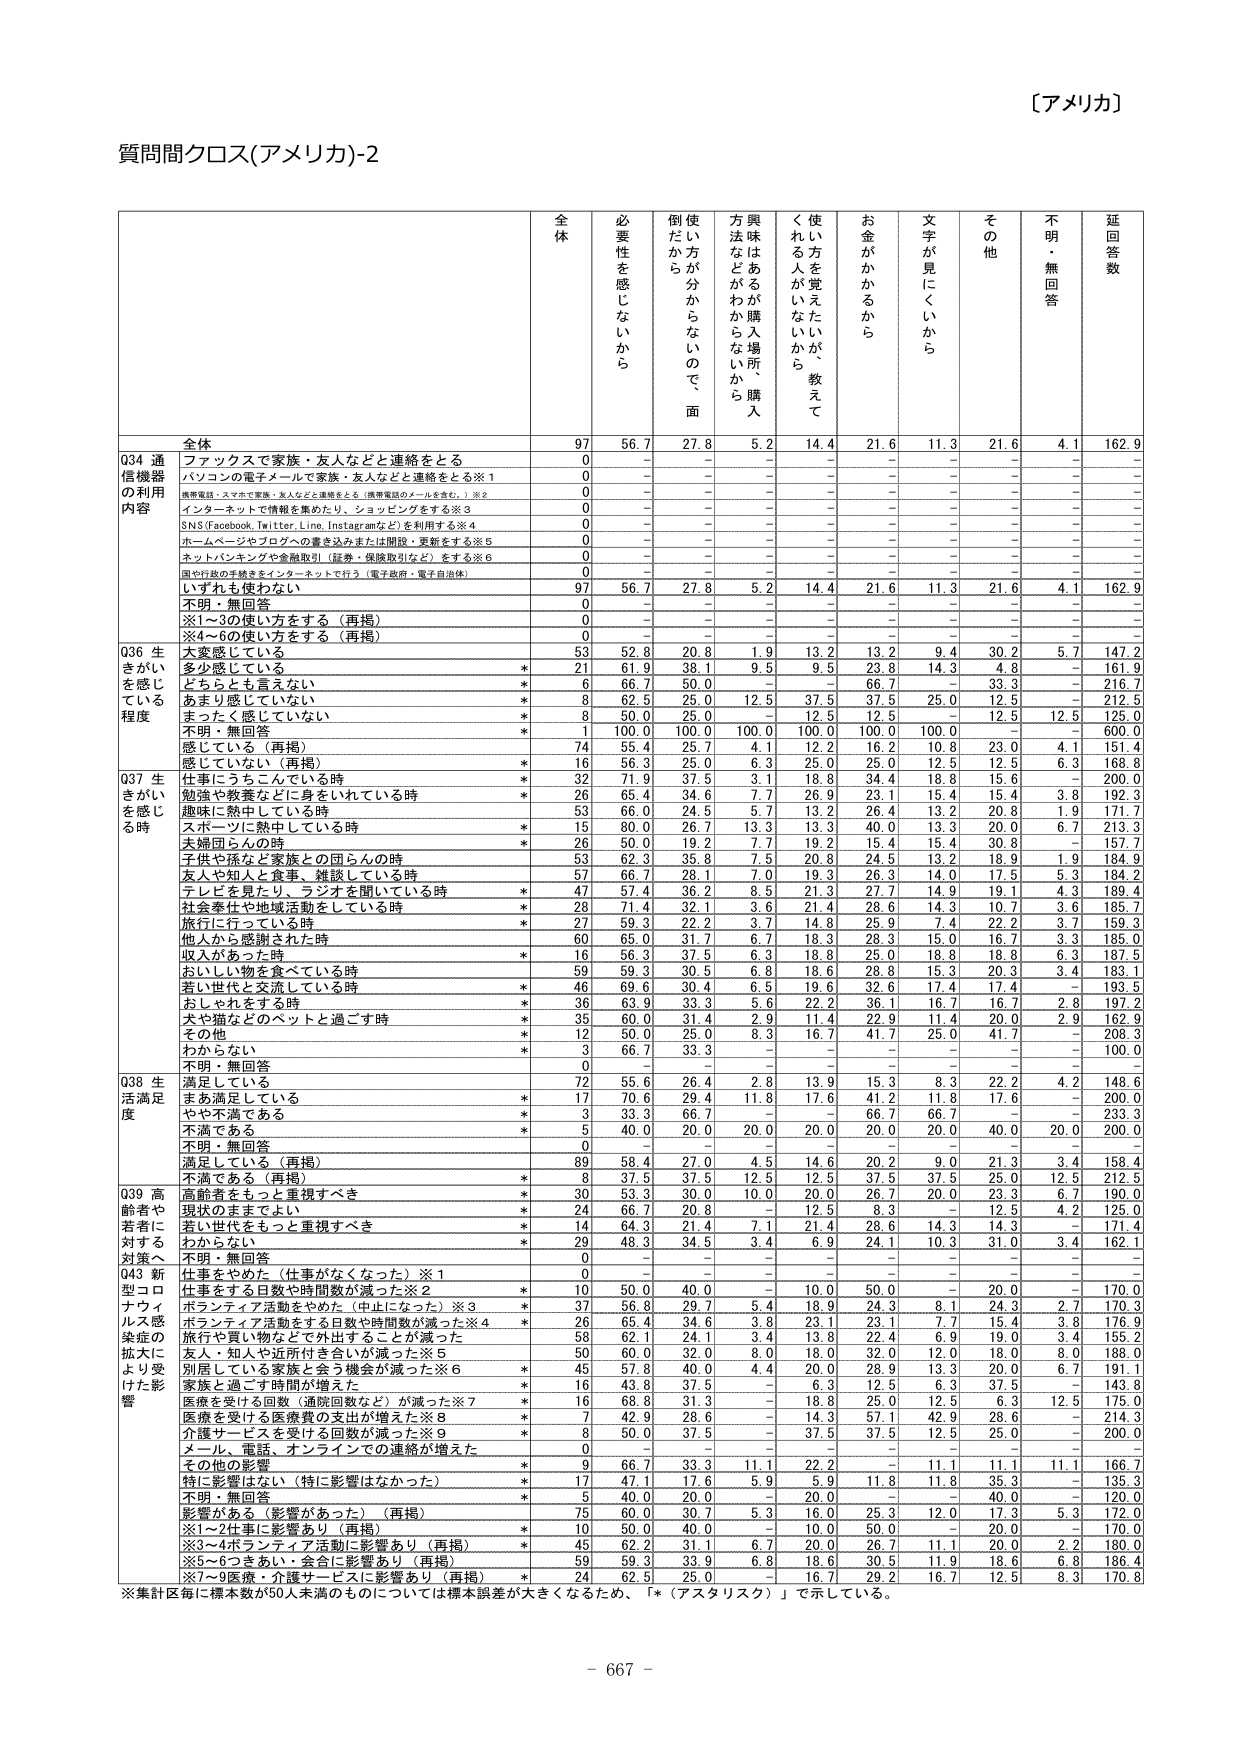
〔アメリカ〕

質問クロス(アメリカ)-2

全体 必要性を感じないから 倒したいから 使い方が分からないので面 奥味はあるが購入場所、購入 方法などがわからないから 使える人が増えたいが、教えて くれる人がいないから お金がかかるから 文字が見にくいから その他 不明・無回答 延回答数

Q34 通信機器の利用内容
全体 97 56.7 27.8 5.2 14.4 21.6 11.3 21.6 4.1 162.9
ファックスで家族・友人などと連絡をとる 0 - - - - - - - - -
パソコンの電子メールで家族・友人などと連絡をとる※1 0 - - - - - - - - -
携帯電話・スマホで家族・友人などと連絡をとる（携帯電話のメールを含む。）※2 0 - - - - - - - - -
インターネットで情報を集めたり、ショッピングをする※3 0 - - - - - - - - -
SNS(Facebook, Twitter, Line, Instagramなど)を利用する※4 0 - - - - - - - - -
ホームページやブログへの書き込みまたは閲覧、更新をする※5 0 - - - - - - - - -
ネットバンキングや金融取引（証券・保険取引など）をする※6 0 - - - - - - - - -
国や行政の手続きをインターネットで行う（電子政府・電子自治体） 0 - - - - - - - - -
いずれも使わない 97 56.7 27.8 5.2 14.4 21.6 11.3 21.6 4.1 162.9
不明・無回答 0 - - - - - - - - -
※1～3の使い方をする（再掲） 0 - - - - - - - - -
※4～6の使い方をする（再掲） 0 - - - - - - - - -

Q36 生きがいを感じている程度
大変感じている 53 52.8 20.8 1.9 13.2 13.2 9.4 30.2 5.7 147.2
多少感じている * 21 61.9 38.1 9.5 9.5 23.8 14.3 4.8 - 161.9
どちらとも言えない * 6 66.7 50.0 - - 66.7 - 33.3 - 216.7
あまり感じていない * 8 62.5 25.0 12.5 37.5 37.5 25.0 12.5 - 212.5
まったく感じていない * 8 50.0 25.0 - 12.5 12.5 - 12.5 12.5 125.0
不明・無回答 * 1 100.0 100.0 100.0 100.0 100.0 100.0 - - 600.0
感じている（再掲） 74 55.4 25.7 4.1 12.2 16.2 10.8 23.0 4.1 151.4
感じていない（再掲） * 16 56.3 25.0 6.3 25.0 25.0 12.5 12.5 6.3 168.8

Q37 生きがいを感じる時
仕事にうちこんでいる時 * 32 71.9 37.5 3.1 18.8 34.4 18.8 15.6 - 200.0
勉強や教養などに身をいれている時 * 26 65.4 34.6 7.7 26.9 23.1 15.4 15.4 3.8 192.3
趣味に熱中している時 53 66.0 24.5 5.7 13.2 26.4 13.2 20.8 1.9 171.7
スポーツに熱中している時 * 15 80.0 26.7 13.3 13.3 40.0 13.3 20.0 6.7 213.3
夫婦団らんの時 * 26 50.0 19.2 7.7 19.2 15.4 15.4 30.8 - 157.7
子供や孫など家族との団らんの時 53 62.3 35.8 7.5 20.8 24.5 13.2 18.9 1.9 184.9
友人や知人と食事、雑談している時 57 66.7 28.1 7.0 19.3 26.3 14.0 17.5 5.3 184.2
テレビを見たり、ラジオを聞いている時 * 47 57.4 36.2 8.5 21.3 27.7 14.9 19.1 4.3 189.4
社会奉仕や地域活動をしている時 * 28 71.4 32.1 3.6 21.4 28.6 14.3 10.7 3.6 185.7
旅行に行っている時 * 27 59.3 22.2 3.7 14.8 25.9 7.4 22.2 3.7 159.3
他人から感謝された時 60 65.0 31.7 6.7 18.3 28.3 15.0 16.7 3.3 185.0
収入があった時 * 16 56.3 37.5 6.3 18.8 25.0 18.8 18.8 6.3 187.5
おいしい物を食べている時 59 59.3 30.5 6.8 18.6 28.8 15.3 20.3 3.4 183.1
若い世代と交流している時 * 46 69.6 30.4 6.5 19.6 32.6 17.4 17.4 - 193.5
おしゃれをする時 * 36 63.9 33.3 5.6 22.2 36.1 16.7 16.7 2.8 197.2
犬や猫などのペットと過ごす時 * 35 60.0 31.4 2.9 11.4 22.9 11.4 20.0 2.9 162.9
その他 * 12 50.0 25.0 8.3 16.7 41.7 25.0 41.7 - 208.3
わからない * 3 66.7 33.3 - - - - - - 100.0
不明・無回答 0 - - - - - - - - -

Q38 生活満足度
満足している 72 55.6 26.4 2.8 13.9 15.3 8.3 22.2 4.2 148.6
まあ満足している * 17 70.6 29.4 11.8 17.6 41.2 11.8 17.6 - 200.0
やや不満である * 3 33.3 66.7 - - 66.7 66.7 - - 233.3
不満である * 5 40.0 20.0 20.0 20.0 20.0 20.0 40.0 20.0 200.0
不明・無回答 0 - - - - - - - - -
満足している（再掲） 89 58.4 27.0 4.5 14.6 20.2 9.0 21.3 3.4 158.4
不満である（再掲） * 8 37.5 37.5 12.5 12.5 37.5 37.5 25.0 12.5 212.5

Q39 高齢者や若者に対する対策へ
高齢者をもっと重視すべき * 30 53.3 30.0 10.0 20.0 26.7 20.0 23.3 6.7 190.0
現状のままでよい * 24 66.7 20.8 - 12.5 8.3 - 12.5 4.2 125.0
若い世代をもっと重視すべき * 14 64.3 21.4 7.1 21.4 28.6 14.3 14.3 - 171.4
わからない * 29 48.3 34.5 3.4 6.9 24.1 10.3 31.0 3.4 162.1
不明・無回答 0 - - - - - - - - -

Q43 新型コロナウィルス感染症の拡大により受けた影響
仕事をやめた（仕事がなくなった）※1 0 - - - - - - - - -
仕事をする日数や時間数が減った※2 * 10 50.0 40.0 - 10.0 50.0 - 20.0 - 170.0
ボランティア活動をやめた（中止になった）※3 * 37 56.8 29.7 5.4 18.9 24.3 8.1 24.3 2.7 170.3
ボランティア活動をする日数や時間数が減った※4 * 26 65.4 34.6 3.8 23.1 23.1 7.7 15.4 3.8 176.9
旅行や買い物などで外出することが減った 58 62.1 24.1 3.4 13.8 22.4 6.9 19.0 3.4 155.2
友人・知人や近所付き合いが減った※5 50 60.0 32.0 8.0 18.0 32.0 12.0 18.0 8.0 188.0
別居している家族と会う機会が減った※6 * 45 57.8 40.0 4.4 20.0 28.9 13.3 20.0 6.7 191.1
家族と過ごす時間が増えた * 16 43.8 37.5 - 6.3 12.5 6.3 37.5 - 143.8
医療を受ける回数（通院回数など）が減った※7 * 16 68.8 31.3 - 18.8 25.0 12.5 6.3 12.5 175.0
医療を受ける医療費の支出が増えた※8 * 7 42.9 28.6 - 14.3 57.1 42.9 28.6 - 214.3
介護サービスを受けた回数が減った※9 * 8 50.0 37.5 - 37.5 37.5 12.5 25.0 - 200.0
メール、電話、オンラインでの連絡が増えた 0 - - - - - - - - -
その他の影響 * 9 66.7 33.3 11.1 22.2 - 11.1 11.1 11.1 166.7
特に影響はない（特に影響はなかった） * 17 47.1 17.6 5.9 5.9 11.8 11.8 35.3 - 135.3
不明・無回答 * 5 40.0 20.0 - 20.0 - - 40.0 - 120.0
影響がある（影響があった）（再掲） 75 60.0 30.7 5.3 16.0 25.3 12.0 17.3 5.3 172.0
※1～2仕事に影響あり（再掲） * 10 50.0 40.0 - 10.0 50.0 - 20.0 - 170.0
※3～4ボランティア活動に影響あり（再掲） * 45 62.2 31.1 6.7 20.0 26.7 11.1 20.0 2.2 180.0
※5～6つきあい、会合に影響あり（再掲） 59 59.3 33.9 6.8 18.6 30.5 11.9 18.6 6.8 186.4
※7～9医療・介護サービスに影響あり（再掲） * 24 62.5 25.0 - 16.7 29.2 16.7 12.5 8.3 170.8

※集計区毎に標本数が50人未満のものについては標本誤差が大きくなるため、「*（アスタリスク）」で示している。

- 667 -